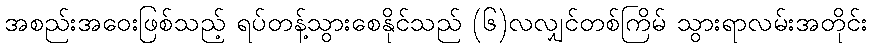
အစည်းအဝေးဖြစ်သည့် ရပ်တန့်သွားစေနိုင်သည် (၆)လလျှင်တစ်ကြိမ် သွားရာလမ်းအတိုင်း